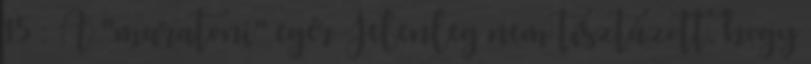
15 : A "maratoni" egér Jelenleg nem tisztázott, hogy